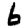
Digit: 6